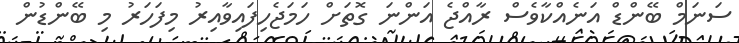
ސަނަމް ބޭންޑް އަނެއްކާވެސް ރާއްޖެ އަންނަ ގޮތަށް ހަމަޖެހިފައިވާއިރު މިފަހަރު މި ބޭންޑުން